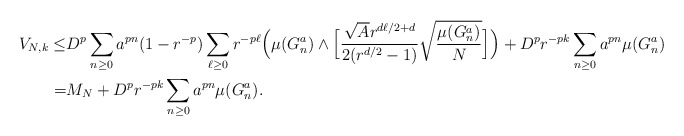
\begin{align*}V_{N,k} \leq & D^p\sum_{n\geq 0}a^{pn}(1-r^{-p}) \sum_{\ell \geq 0} r^{-p\ell} \Big(\mu(G_n^a) \land \Big[\frac{\sqrt A r^{d\ell/2+d}}{2(r^{d/2} -1)}\sqrt{\frac{\mu(G_n^a)}{N}}\Big] \Big) + D^pr^{-pk}\sum_{n\geq 0} a^{pn}\mu(G_n^a) \\=&M_{N} + D^pr^{-pk}\sum_{n\geq 0} a^{pn}\mu(G_n^a).\end{align*}